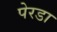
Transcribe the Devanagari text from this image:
पेरडा